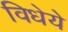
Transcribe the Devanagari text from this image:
विधेये